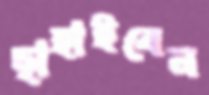
ছাহাইবেন